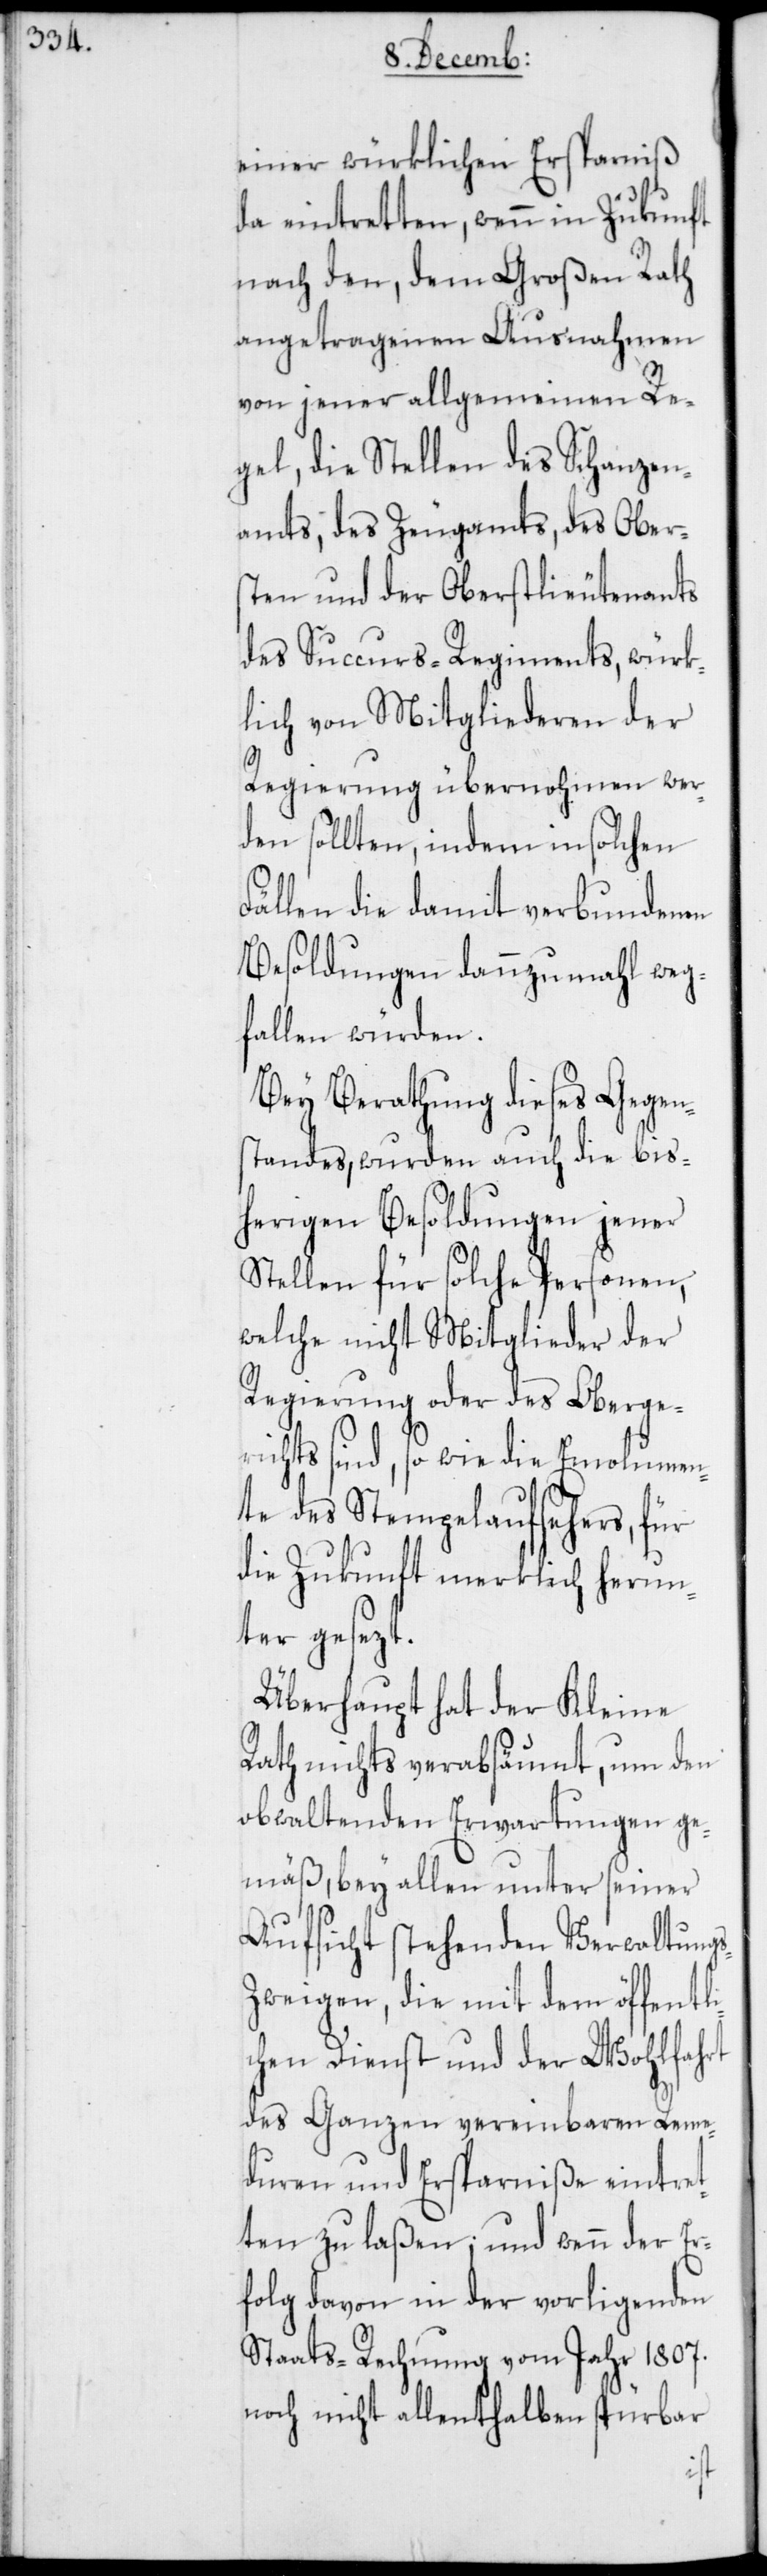
einer würklichen Ersparniß
da eintretten, wenn in Zukunft
nach den, dem Großen Rath
angetragenen Ausnahmen
von jener allgemeinen Re¬
gel, die Stellen des Schanzen¬
amts, des Zeugamts , des Obers¬
ten und der Oberstlieutenants
des Succurs-Regiments, würk¬
lich von Mitgliederen der
Regierung übernohmen wer¬
den sollten, indem in solchen
Fällen die damit verbundenen
Besoldungen dannzumahl weg¬
fallen würden.
Bey Berathung dieses Gegen¬
standes, wurden auch die bis¬
herigen Besoldungen jener
Stellen für solche Personen,
welche nicht Mitglieder der
Regierung oder des Oberge¬
richts sind, so wie die Emolumen¬
te des Stempelaufsehers, für
die Zukunft merklich herun¬
ter gesezt.
Überhaupt hat der Kleine
Rath nichts verabsäumt, um den
obwaltenden Erwartungen ge¬
mäß, bey allen unter seiner
Aufsicht stehenden Verwaltungs¬
zweigen, die mit dem öffentli¬
chen Dienst und der Wohlfahrt
des Ganzen vereinbaren Reme¬
duren und Ersparniße eintret¬
ten zu laßen; und wenn der Er¬
folg davon in der vorligenden
Staats-Rechnung vom Jahr 1807.
noch nicht allenthalben spürbar